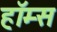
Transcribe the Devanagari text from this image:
हॉम्स